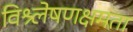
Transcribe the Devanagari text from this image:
विश्र्लेषणक्षमता